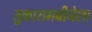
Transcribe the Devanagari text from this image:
तुकारामबीजेला